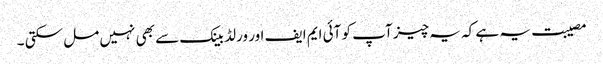
مصیبت یہ ہے کہ یہ چیز آپ کو آئی ایم ایف اور ورلڈ بینک سے بھی نہیں مل سکتی ۔